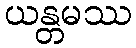
ယန္တမဿ